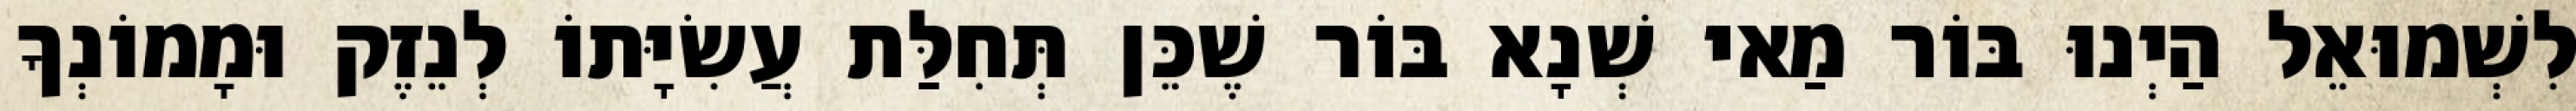
לִשְׁמוּאֵל הַיְנוּ בּוֹר מַאי שְׁנָא בּוֹר שֶׁכֵּן תְּחִלַּת עֲשִׂיָּתוֹ לְנֵזֶק וּמָמוֹנְךָ